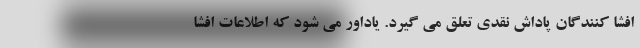
افشا کنندگان پاداش نقدی تعلق می گیرد. یاداور می شود که اطلاعات افشا